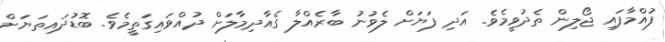
ފުއްމާފައި ޖޯލިން ތެދުވީމެވެ. އަދި ފަޔަށް ލެވުނު ބާރެއްލާ ގެއާދިމާލަށް ދުއްވައިގަތީމެވެ. ބޮޑުދައިތަޔަށް